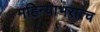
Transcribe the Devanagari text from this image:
महिन्याभरात्च